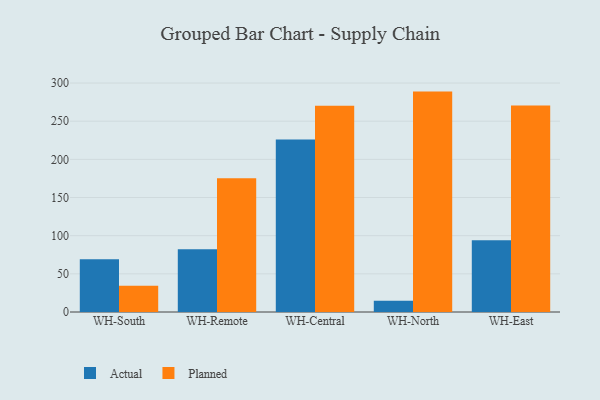
{"axis": {"x": "Warehouse", "y": "Budget (USD K)"}, "legend": ["Actual", "Planned"], "data": [{"x": "WH-South", "y": 69.1, "type": "Actual"}, {"x": "WH-South", "y": 34.4, "type": "Planned"}, {"x": "WH-Remote", "y": 82.1, "type": "Actual"}, {"x": "WH-Remote", "y": 175.3, "type": "Planned"}, {"x": "WH-Central", "y": 226.0, "type": "Actual"}, {"x": "WH-Central", "y": 270.3, "type": "Planned"}, {"x": "WH-North", "y": 14.7, "type": "Actual"}, {"x": "WH-North", "y": 288.8, "type": "Planned"}, {"x": "WH-East", "y": 93.9, "type": "Actual"}, {"x": "WH-East", "y": 270.5, "type": "Planned"}]}